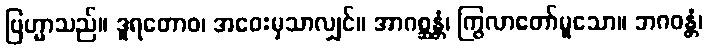
ဗြဟ္မာသည်။ ဒူရတောဝ၊ အဝေးမှသာလျှင်။ အာဂစ္ဆန္တံ၊ ကြွလာတော်မူသော။ ဘဂဝန္တံ၊